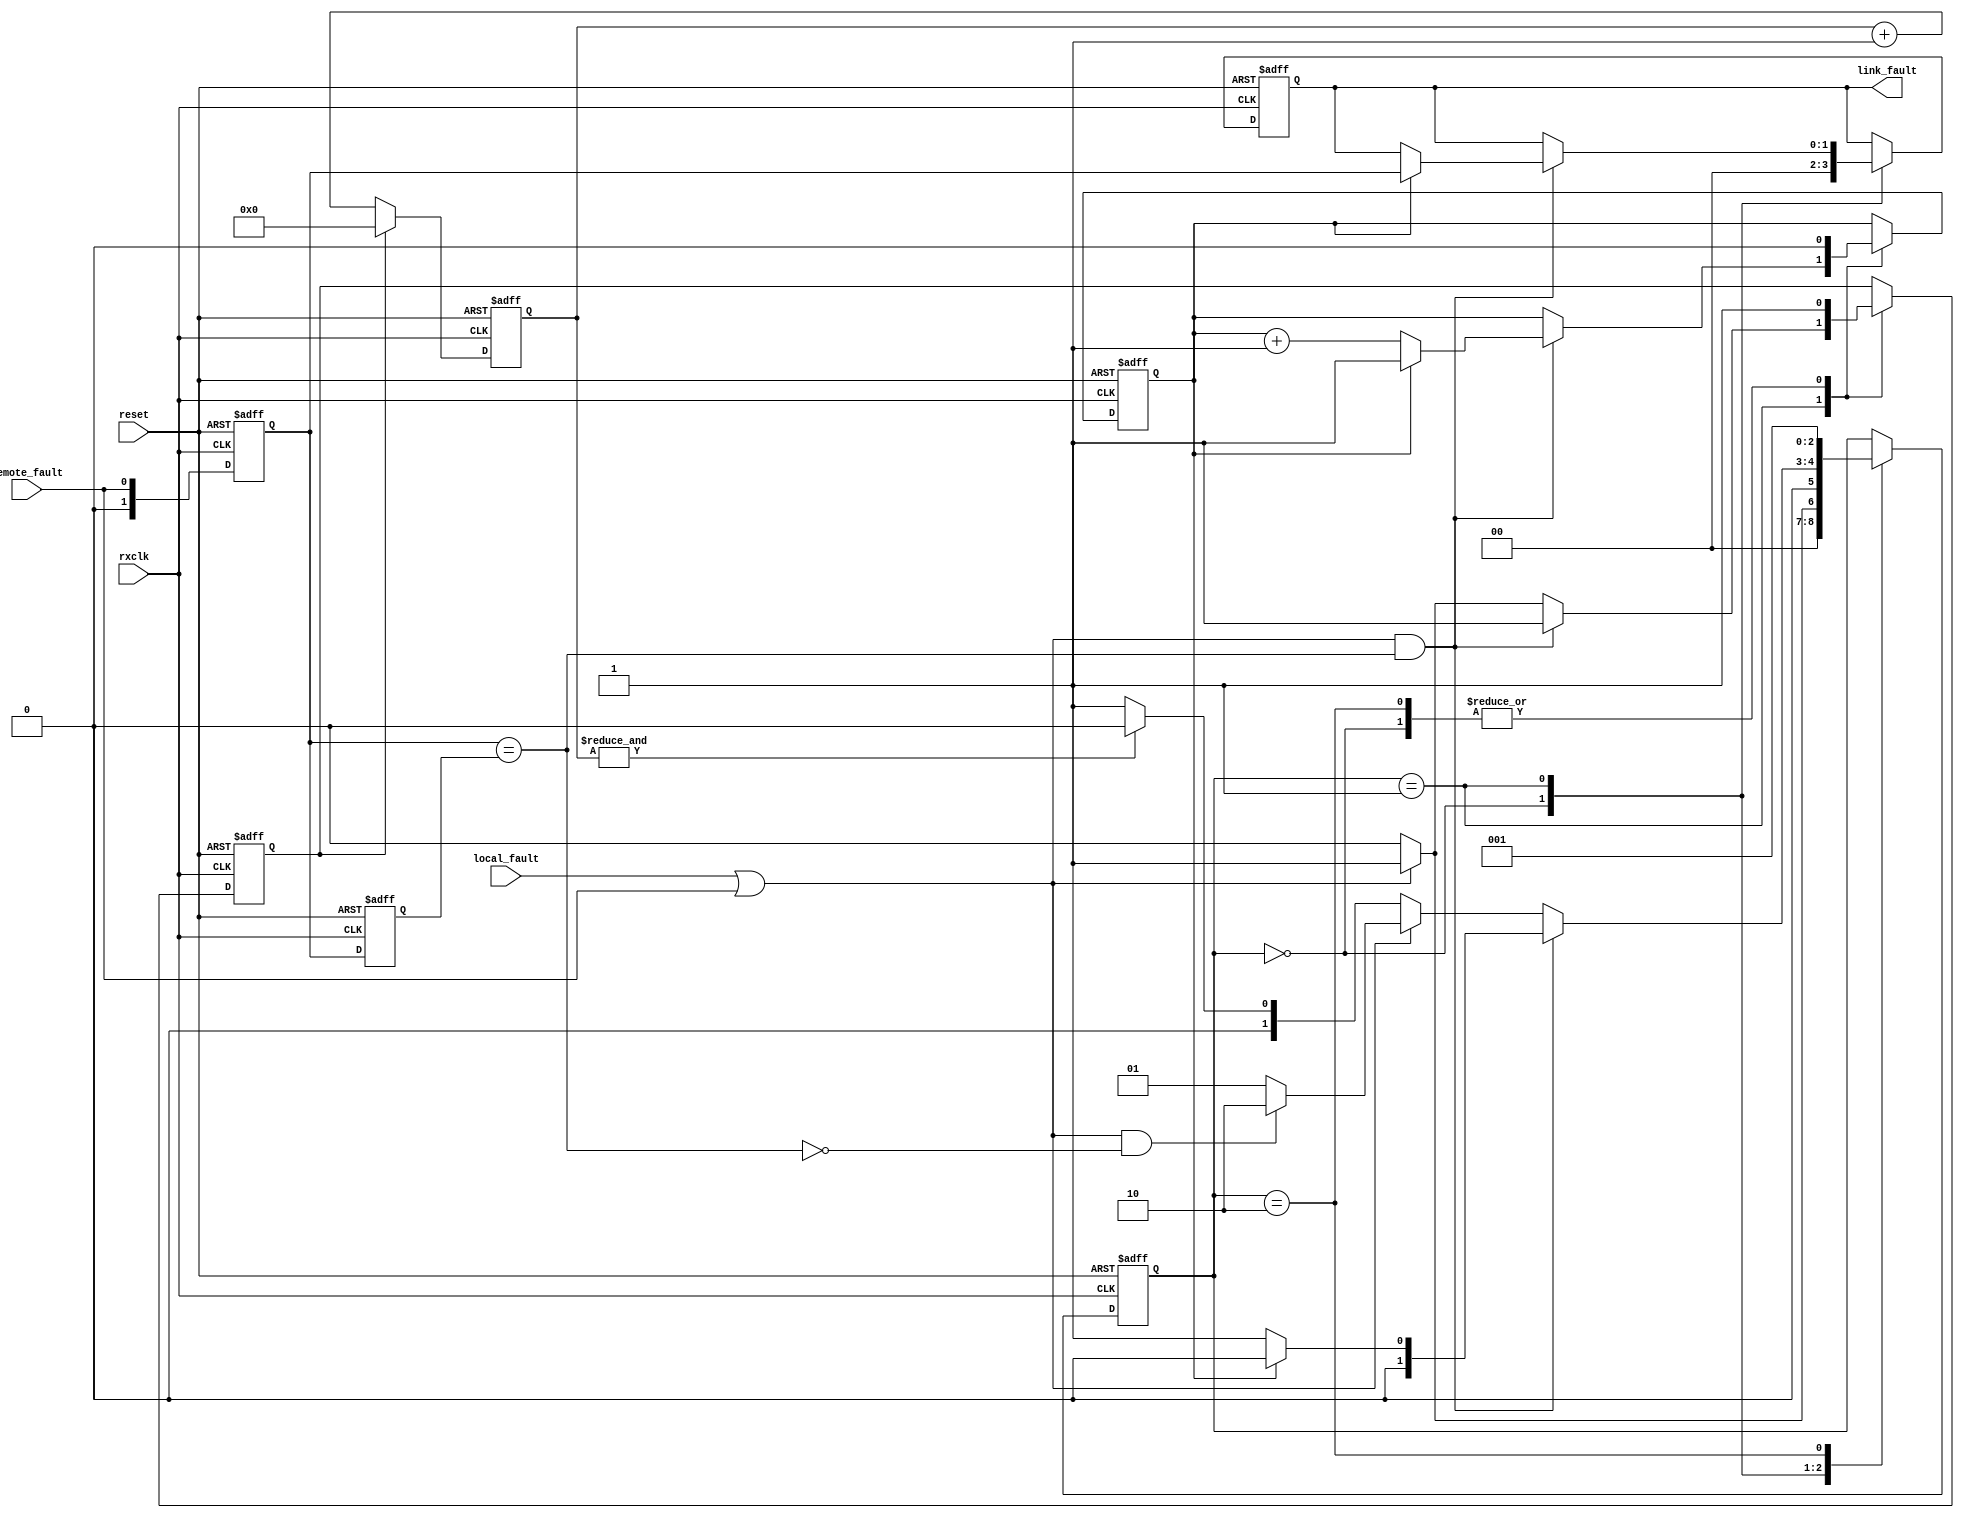
//////////////////////////////////////////////////////////////////////
////                                                              ////
//// MODULE NAME:  rxLinkFaultState                               ////
////                                                              ////
//// DESCRIPTION: State machine for Link Fault Signalling.        ////
////                                                              ////
////                                                              ////
//// This file is part of the 10 Gigabit Ethernet IP core project ////
////  http://www.opencores.org/projects/ethmac10g/                ////
////                                                              ////
//// AUTHOR(S):                                                   ////
//// Zheng Cao                                                    ////
////                                                              ////
//////////////////////////////////////////////////////////////////////
////                                                              ////
//// Copyright (c) 2005 AUTHORS.  All rights reserved.            ////
////                                                              ////
//// This source file may be used and distributed without         ////
//// restriction provided that this copyright statement is not    ////
//// removed from the file and that any derivative work contains  ////
//// the original copyright notice and the associated disclaimer. ////
////                                                              ////
//// This source file is free software; you can redistribute it   ////
//// and/or modify it under the terms of the GNU Lesser General   ////
//// Public License as published by the Free Software Foundation; ////
//// either version 2.1 of the License, or (at your option) any   ////
//// later version.                                               ////
////                                                              ////
//// This source is distributed in the hope that it will be       ////
//// useful, but WITHOUT ANY WARRANTY; without even the implied   ////
//// warranty of MERCHANTABILITY or FITNESS FOR A PARTICULAR      ////
//// PURPOSE.  See the GNU Lesser General Public License for more ////
//// details.                                                     ////
////                                                              ////
//// You should have received a copy of the GNU Lesser General    ////
//// Public License along with this source; if not, download it   ////
//// from http://www.opencores.org/lgpl.shtml                     ////
////                                                              ////
//////////////////////////////////////////////////////////////////////
//
// CVS REVISION HISTORY:
//
// $Log: not supported by cvs2svn $
// Revision 1.1.1.1  2006/05/31 05:59:42  fisher5090
// first version
//
// Revision 1.1  2005/12/25 16:43:10  Zheng Cao
// 
// 
//
//////////////////////////////////////////////////////////////////////

//////////////////////////////////////////////////////////////////////
////                                                              ////
//// MODULE NAME: timescale.v                                     ////
////                                                              ////
//// DESCRIPTION:                                                 ////
////                                                              ////
//// This file is part of the 10 Gigabit Ethernet IP core project ////
////  http://www.opencores.org/projects/ethmac10g/                ////
////                                                              ////
//// AUTHOR(S):                                                   ////
//// Zheng Cao                                                    ////
////                                                              ////
//////////////////////////////////////////////////////////////////////
////                                                              ////
//// Copyright (c) 2005 AUTHORS.  All rights reserved.            ////
////                                                              ////
//// This source file may be used and distributed without         ////
//// restriction provided that this copyright statement is not    ////
//// removed from the file and that any derivative work contains  ////
//// the original copyright notice and the associated disclaimer. ////
////                                                              ////
//// This source file is free software; you can redistribute it   ////
//// and/or modify it under the terms of the GNU Lesser General   ////
//// Public License as published by the Free Software Foundation; ////
//// either version 2.1 of the License, or (at your option) any   ////
//// later version.                                               ////
////                                                              ////
//// This source is distributed in the hope that it will be       ////
//// useful, but WITHOUT ANY WARRANTY; without even the implied   ////
//// warranty of MERCHANTABILITY or FITNESS FOR A PARTICULAR      ////
//// PURPOSE.  See the GNU Lesser General Public License for more ////
//// details.                                                     ////
////                                                              ////
//// You should have received a copy of the GNU Lesser General    ////
//// Public License along with this source; if not, download it   ////
//// from http://www.opencores.org/lgpl.shtml                     ////
////                                                              ////
//////////////////////////////////////////////////////////////////////
//
// CVS REVISION HISTORY:
//
// $Log: not supported by cvs2svn $
// Revision 1.1.1.1  2006/05/31 05:59:43  Zheng Cao
// first version
//
// Revision 1.1  2005/12/25 16:43:10  Zheng Cao
// 
// 
//
//////////////////////////////////////////////////////////////////////
`timescale 100ps / 10ps
//////////////////////////////////////////////////////////////////////
////                                                              ////
//// MODULE NAME: definition of parameters                        ////
////                                                              ////
//// DESCRIPTION:                                                 ////
////                                                              ////
////                                                              ////
//// This file is part of the 10 Gigabit Ethernet IP core project ////
////  http://www.opencores.org/projects/ethmac10g/                ////
////                                                              ////
//// AUTHOR(S):                                                   ////
//// Zheng Cao                                                    ////
////                                                              ////
//////////////////////////////////////////////////////////////////////
////                                                              ////
//// Copyright (c) 2005 AUTHORS.  All rights reserved.            ////
////                                                              ////
//// This source file may be used and distributed without         ////
//// restriction provided that this copyright statement is not    ////
//// removed from the file and that any derivative work contains  ////
//// the original copyright notice and the associated disclaimer. ////
////                                                              ////
//// This source file is free software; you can redistribute it   ////
//// and/or modify it under the terms of the GNU Lesser General   ////
//// Public License as published by the Free Software Foundation; ////
//// either version 2.1 of the License, or (at your option) any   ////
//// later version.                                               ////
////                                                              ////
//// This source is distributed in the hope that it will be       ////
//// useful, but WITHOUT ANY WARRANTY; without even the implied   ////
//// warranty of MERCHANTABILITY or FITNESS FOR A PARTICULAR      ////
//// PURPOSE.  See the GNU Lesser General Public License for more ////
//// details.                                                     ////
////                                                              ////
//// You should have received a copy of the GNU Lesser General    ////
//// Public License along with this source; if not, download it   ////
//// from http://www.opencores.org/lgpl.shtml                     ////
////                                                              ////
//////////////////////////////////////////////////////////////////////
//
// CVS REVISION HISTORY:
//
// $Log: not supported by cvs2svn $
// Revision 1.2  2006/06/16 06:36:28  fisher5090
// no message
//
// Revision 1.1.1.1  2006/05/31 05:59:44  Zheng Cao
// first version
//
// Revision 1.1  2005/12/25 16:43:10  Zheng Cao
// 
// 
//
//////////////////////////////////////////////////////////////////////





///////////////////////////////////////////////
// Length parameters
///////////////////////////////////////////////






///////////////////////////////////////////////
// Frame field parameters
///////////////////////////////////////////////












////////////////////////////////////////////////
// Frame bytes counter parameter
//////////////////////////////////////////////// 


module rxLinkFaultState(rxclk, reset, local_fault, remote_fault, link_fault);
    input rxclk;
    input reset;
    input local_fault;
    input remote_fault;
    output[1:0] link_fault;
 
    parameter TP =1;
    parameter IDLE = 0, LinkFaultDetect = 1, NewFaultType = 2, GetFault = 3; 

    //------------------------------------------------
    // Link	Fault Signalling Statemachine
    //------------------------------------------------
    wire  fault_type;
    wire  get_one_fault;
    wire  no_new_type;

    reg[2:0] linkstate, linkstate_next;
    reg[5:0] col_cnt;
    reg      seq_cnt;
    reg[1:0] seq_type;
    reg[1:0] last_seq_type;
    reg[1:0] link_fault;
    reg      reset_col_cnt;
    wire     seq_cnt_3;
    wire     col_cnt_64;

    assign fault_type = {local_fault, remote_fault};
    assign get_one_fault = local_fault | remote_fault;
    assign no_new_type = (seq_type == last_seq_type);
    assign col_cnt_64 = & col_cnt;
 
    always@(posedge rxclk or posedge reset)begin
         if (reset) begin
           seq_type <=#TP 0;
           seq_cnt <=#TP 0;
           last_seq_type <=#TP 0;
           reset_col_cnt<= #TP 1;
           link_fault <=#TP 2'b00;
           linkstate<= #TP IDLE;
         end
         else begin	 
           seq_type <= #TP fault_type;	
           last_seq_type <=#TP seq_type;
           case (linkstate)
               IDLE: begin
                   linkstate <=#TP IDLE;
                   reset_col_cnt <= #TP 1;
                   seq_cnt <= #TP 0;
                   link_fault <= #TP 2'b00;	
                   if (get_one_fault)
                      linkstate<=#TP LinkFaultDetect;
               end
 
               LinkFaultDetect: begin
                   linkstate <=#TP LinkFaultDetect;
                   reset_col_cnt <=#TP 1;
                   if (get_one_fault & no_new_type) begin
                     if (seq_cnt) begin 
                        linkstate <=#TP IDLE;
                        link_fault <=#TP seq_type;  //final fault indeed(equals to GetFault status)
                     end
                     else
                        seq_cnt <=#TP seq_cnt + 1;
                   end
                   else if(~get_one_fault) begin
                        reset_col_cnt <=#TP 0; 
                        if (col_cnt_64)
                           linkstate <=#TP IDLE;
                   end
                   else if(get_one_fault & ~no_new_type)
                        linkstate <=#TP NewFaultType;
                   end

                NewFaultType: begin
                    seq_cnt <=#TP 0;  
                    linkstate <=#TP LinkFaultDetect;
                    reset_col_cnt<=#TP 1;
                end

//              GetFault: begin
//                  linkstate <=#TP IDLE;
//                  reset_col_cnt <=#TP 1;
//                  link_fault <=#TP seq_type;
//                  if (get_one_fault & no_new_type) 
//                    link_fault <=#TP seq_type;	
//                  else if (~get_one_fault)	begin
//                    reset_col_cnt<=#TP 0;
//                    if(col_cnt_128)
//                      linkstate <=#TP IDLE;
//                  end
//                  else if (get_one_fault &	~no_new_type)
//                    linkstate <=#TP NewFaultType;
//              end
           endcase
       end
    end

    always@(posedge rxclk or posedge reset) begin
          if (reset) 
            col_cnt <=#TP 0;
          else if (reset_col_cnt) 
            col_cnt <=#TP 0;
          else
            col_cnt <=#TP col_cnt + 1;
    end

endmodule